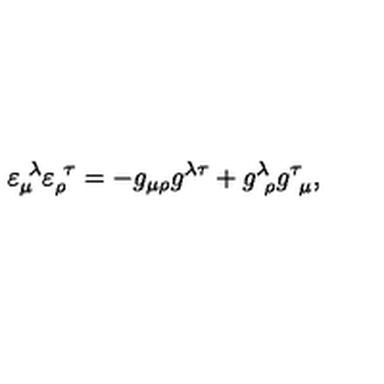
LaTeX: \varepsilon _ { \mu } ^ { \ \lambda } \varepsilon _ { \rho } ^ { \ \tau } = - g _ { \mu \rho } g ^ { \lambda \tau } + g _ { \ \rho } ^ { \lambda } g _ { \ \mu } ^ { \tau } ,